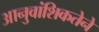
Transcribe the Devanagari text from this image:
आनुवांशिकतेने